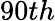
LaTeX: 90th